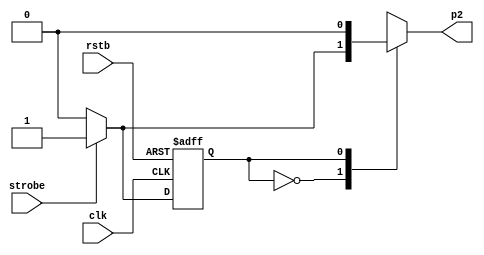
module edge_detector_mealy(
	input 	clk, rstb,
	input 	strobe,
	output 	reg p2
);

localparam 	ZERO = 1'b0,
			ONE = 1'b1;

reg state_reg, state_next;

always @(posedge clk or negedge rstb) begin
	if (~rstb) state_reg <= 0;
	else state_reg <= state_next;
end

always @* begin
	state_next = state_reg;
	p2 = 1'b0;
	case (state_reg)
		ZERO: if (strobe) begin
			state_next = ONE;
			p2 = 1'b1;
		end
		ONE: if (~strobe) state_next = ZERO;
		default: state_next = ZERO;
	endcase
end

endmodule